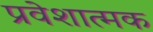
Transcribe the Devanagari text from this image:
प्रवेशात्मक